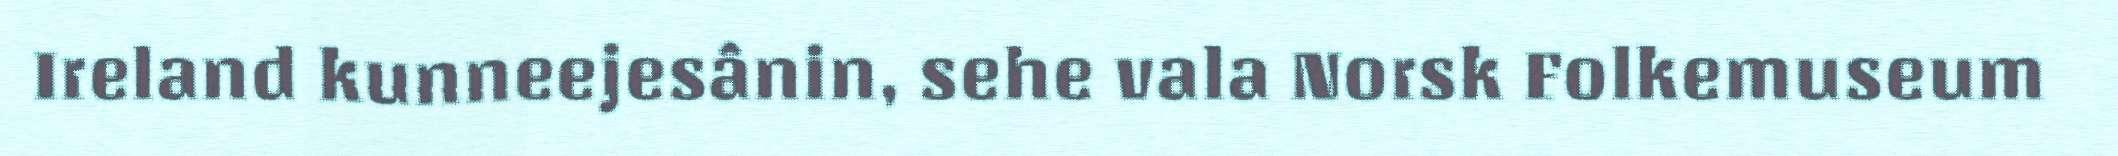
Ireland kunneejesânin, sehe vala Norsk Folkemuseum